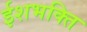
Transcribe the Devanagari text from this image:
ईशभक्ति